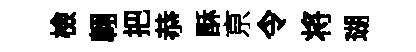
檢翺把恭酥亰令将瑚